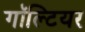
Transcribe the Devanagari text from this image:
गॉल्टियर